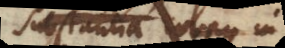
substantia corpus in